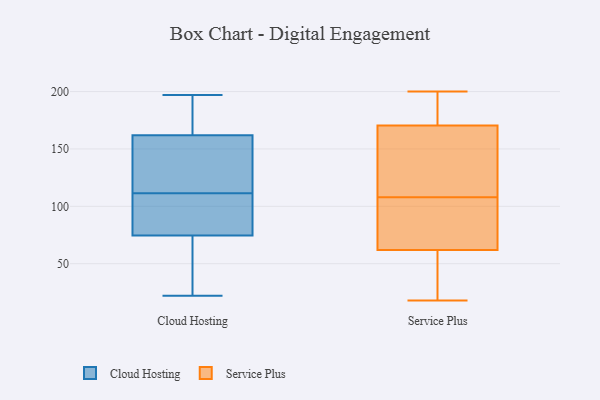
{"axis": {"x": "Revenue (USD Million)", "y": "Value"}, "legend": ["Cloud Hosting", "Service Plus"], "data": [{"x": "", "y": 77, "type": "Cloud Hosting"}, {"x": "", "y": 156, "type": "Cloud Hosting"}, {"x": "", "y": 72, "type": "Cloud Hosting"}, {"x": "", "y": 191, "type": "Cloud Hosting"}, {"x": "", "y": 136, "type": "Cloud Hosting"}, {"x": "", "y": 86, "type": "Cloud Hosting"}, {"x": "", "y": 22, "type": "Cloud Hosting"}, {"x": "", "y": 67, "type": "Cloud Hosting"}, {"x": "", "y": 168, "type": "Cloud Hosting"}, {"x": "", "y": 137, "type": "Cloud Hosting"}, {"x": "", "y": 197, "type": "Cloud Hosting"}, {"x": "", "y": 87, "type": "Cloud Hosting"}, {"x": "", "y": 76, "type": "Service Plus"}, {"x": "", "y": 149, "type": "Service Plus"}, {"x": "", "y": 18, "type": "Service Plus"}, {"x": "", "y": 160, "type": "Service Plus"}, {"x": "", "y": 53, "type": "Service Plus"}, {"x": "", "y": 172, "type": "Service Plus"}, {"x": "", "y": 198, "type": "Service Plus"}, {"x": "", "y": 200, "type": "Service Plus"}, {"x": "", "y": 108, "type": "Service Plus"}, {"x": "", "y": 28, "type": "Service Plus"}, {"x": "", "y": 106, "type": "Service Plus"}, {"x": "", "y": 172, "type": "Service Plus"}, {"x": "", "y": 108, "type": "Service Plus"}, {"x": "", "y": 170, "type": "Service Plus"}, {"x": "", "y": 56, "type": "Service Plus"}, {"x": "", "y": 120, "type": "Service Plus"}, {"x": "", "y": 64, "type": "Service Plus"}]}